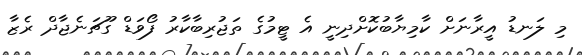
މި ލަނޑު އީރާނަށް ކާމިޔާބުކޮށްދިނީ އެ ޓީމުގެ ތަޖުރިބާކާރު ފޯވަޑް ގޫޗަނެޖާދް ރެޒާ